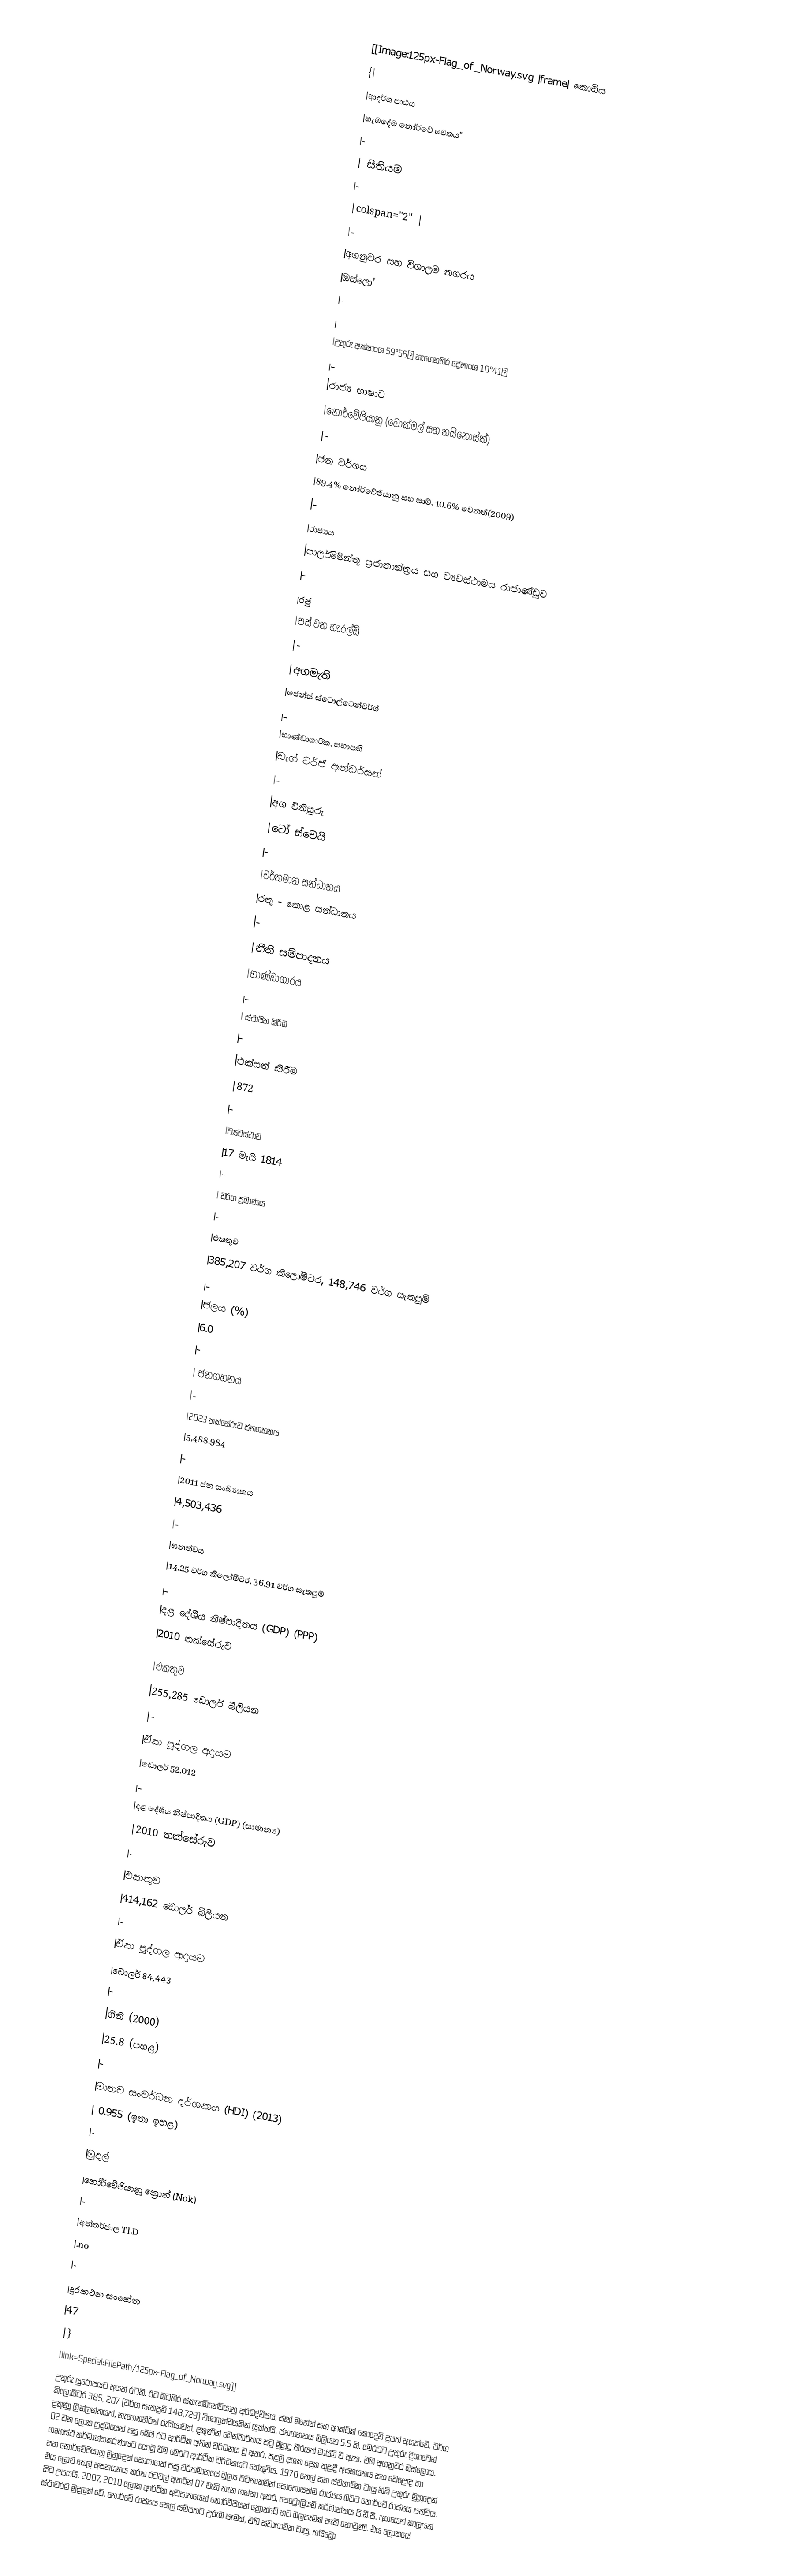
[[Image:125px-Flag_of_Norway.svg |frame|             කොඩිය
{|
|ආදර්ශ පාඨය
|හැමදේම ‍නෝර්වේ වෙතය"
|-
|             සිතියම
|-
|colspan="2" |
|-
|අගනුවර සහ විශාලම නගරය
|ඔස්ලෝ
|-
|
|උතුරු අක්ෂාංශ 59°56′ 	නැගෙනහිර දේෂාංශ 10°41′
|-
|රාජ්‍ය භාෂාව
|නෝර්වේජියානු  (බොක්මල් සහ නයිනෝස්ක්)
|-
|ජන වර්ගය
|89.4% නෝර්වේජියානු සහ සාම්, 10.6% වෙනත්(2009)
|-
|රාජ්‍යය
|පාර්ලිමේන්තු ප්‍රජාතාන්ත්‍රය සහ ව්‍යවස්ථාමය රාජාණ්ඩුව
|-
|රජු
|පස් වන හැරල්ඩ්
|-
|අගමැති
|ජෙන්ස් ස්ටොල්ටෙන්වර්ග්
|-
|භාණ්ඩාගාරික, සභාපති
|ඩැග් ටර්ජි ඇන්ඩර්සන්
|-
|අග විනිසුරු
|ටෝ ස්චෙයි
|-
|වර්තමාන සන්ධානය
|රතු - කොළ සන්ධානය
|-
|නීති සම්පාදනය
|භාණ්ඩාගාරය
|-
|      ස්ථාපිත කිරීම
|-
|එක්සත් කිරීම
|872
|-
|ව්‍යවස්ථාව
|17 මැයි 1814
|-
|         වර්ග ප්‍රමාණය
|-
|එකතුව
|385,207 වර්ග කිලෝමීටර, 148,746 වර්ග සැතපුම්
|-
|ජලය (%)
|6.0
|-
|            ජනගහනය
|-
|2023 තක්සේරුව    ජනගහනය
|5,488,984
|-
|2011 ජන සංඛ්‍යාකය
|4,503,436
|-
|ඝනත්වය
|14.25 වර්ග කිලෝමීටර,  36.91  වර්ග සැතපුම්
|-
|දළ දේශීය නිෂ්පාදිතය (GDP) (PPP)
|2010 තක්සේරුව

|එකතුව
|255,285 ඩොලර් බිලියන
|-
|ඒක පුද්ගල අදායම
|ඩොලර් 52,012
|-
|දළ දේශීය නිෂ්පාදිතය (GDP) (සාමාන්‍ය)
|2010 තක්සේරුව
|-
|එකතුව
|414,162 ඩොලර් බිලියන
|-
|ඒක පුද්ගල ආදායම
|ඩොලර් 84,443
|-
|ගිනි (2000)
|25.8 (පහළ)
|-
|මානව සංවර්ධන දර්ශකය (HDI) (2013)
| 0.955 (ඉතා ඉහළ)
|-
|මුදල්
|නෝර්වේජියානු ක්‍රොන්  (Nok)
|-
|අන්තර්ජාල TLD
|.no
|-
|දුරකථන සංකේත
|47
|}
|link=Special:FilePath/125px-Flag_of_Norway.svg]]
උතුරු යුරෝපයට අයත් රටකි. ඊට බටහිර ස්කැන්ඩිනේවියානු අර්ධද්වීපය, ජෑන් මහේන් සහ ආක්ටික් කොදෙවි දුපත් අයත්වේ. වර්ග කිලෝමීටර 385, 207 (වර්ග සැතපුම් 148,729) විශාලත්වයකින් යුක්තයි. ජනගහනය මිලියන 5.5 කි. මෙරටට උතුරු දිශාවෙන්  දකුණු ග්‍රීන්ලන්තයත්, නැගෙනහිරින් රුසියාවත්, දකුණින් ඩෙන්මාර්කය පටු මුහුදු තීරයත් ‍මායිම් වී ඇත. එහි අගනුවර ඔස්ලෝය. 02 වන  ලෝක  යුද්ධයෙන් පසු මෙම රට ආර්ථික අතින් වර්ධනය වූ අතර, පළමු දශක දෙක තුළදී අපනයනය සහ වෙළෙඳ හා ගෘහස්ථ  කර්මාන්තකරණයට යොමු වීම මෙරට ආර්ථික වර්ධනයට හේතුවිය. 1970 තෙල්  සහ ස්වභාවික  වායු නිධි උතුරු මුහුදෙන් සහ නොර්වේජියානු මුහුදෙන් සොයාගත් පසු වර්තමානයේ මුල්‍ය වටිනාකමින් පොහොසත්ම රාජ්‍යය බවට නෝර්වේ රාජ්‍යය පත්විය. එය ලොව තෙල් අපනයනය කරන රටවල් අතරින් 07 වැනි තැන ගන්නා අතර, පෙට්‍රෝලියම් කර්මාන්තය ජි.ඩී.පී.  අගයෙන් කාලයක්  සිට උපයයි. 2007, 2010 ‍ලෝක  ආර්ථික අවපාතයෙන් නෝර්වීජියන් ක්‍රොන්ටේ  හට බලපෑමක් ඇති නොවුණි. එය ලෝකයේ ස්ථාවරම මුදලක් වේ. නෝර්වේ රාජ්‍යය තෙල් සම්පතට උරුම පෑමත්, එහි ස්වාභාවික වායු, හයිඩ්‍රො